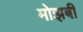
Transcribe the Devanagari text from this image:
मोझबी